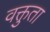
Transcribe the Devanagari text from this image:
वक्तुता